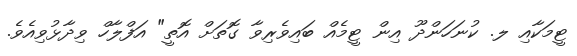
ޓީމަކާއި ލ. ކުނަހަންދޫ އިން ޓީމެއް ބައިވެރިވާ ގޮތަށް އޮތީ" އަފްލާހް ވިދާޅުވިއެވެ.